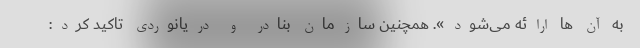
به آن ها ارائه می‌شود». همچنین سازمان بنادر و دریانوردی تاکید کرد: